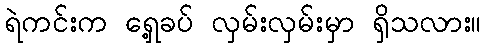
ရဲကင်းက ရှေ့ခပ် လှမ်းလှမ်းမှာ ရှိသလား။